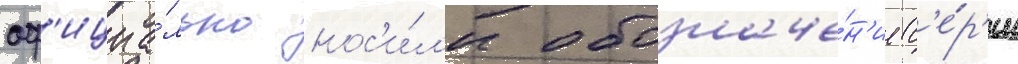
оф'ициа́льно нос'и́л'и обозначе́н'ие с'е́р'ии